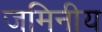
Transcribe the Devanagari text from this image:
जमिनीय